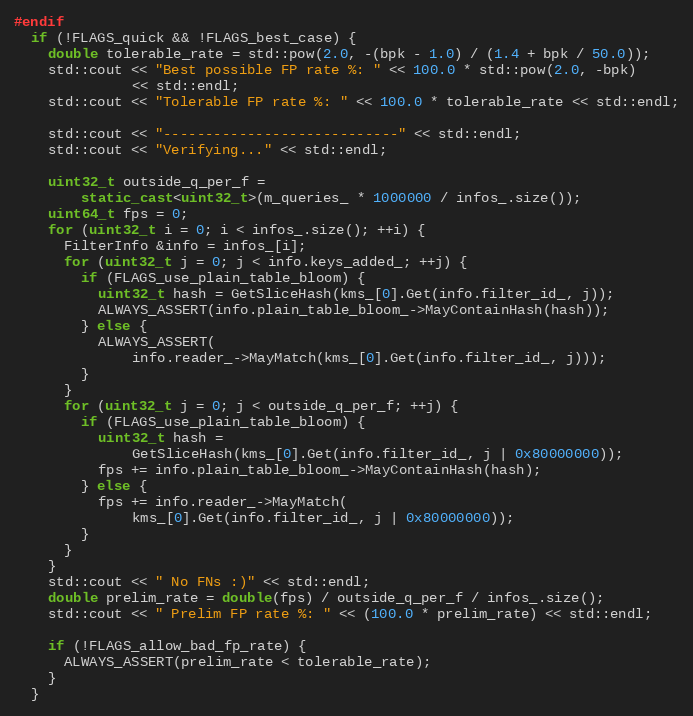
Language: C++
#endif
  if (!FLAGS_quick && !FLAGS_best_case) {
    double tolerable_rate = std::pow(2.0, -(bpk - 1.0) / (1.4 + bpk / 50.0));
    std::cout << "Best possible FP rate %: " << 100.0 * std::pow(2.0, -bpk)
              << std::endl;
    std::cout << "Tolerable FP rate %: " << 100.0 * tolerable_rate << std::endl;

    std::cout << "----------------------------" << std::endl;
    std::cout << "Verifying..." << std::endl;

    uint32_t outside_q_per_f =
        static_cast<uint32_t>(m_queries_ * 1000000 / infos_.size());
    uint64_t fps = 0;
    for (uint32_t i = 0; i < infos_.size(); ++i) {
      FilterInfo &info = infos_[i];
      for (uint32_t j = 0; j < info.keys_added_; ++j) {
        if (FLAGS_use_plain_table_bloom) {
          uint32_t hash = GetSliceHash(kms_[0].Get(info.filter_id_, j));
          ALWAYS_ASSERT(info.plain_table_bloom_->MayContainHash(hash));
        } else {
          ALWAYS_ASSERT(
              info.reader_->MayMatch(kms_[0].Get(info.filter_id_, j)));
        }
      }
      for (uint32_t j = 0; j < outside_q_per_f; ++j) {
        if (FLAGS_use_plain_table_bloom) {
          uint32_t hash =
              GetSliceHash(kms_[0].Get(info.filter_id_, j | 0x80000000));
          fps += info.plain_table_bloom_->MayContainHash(hash);
        } else {
          fps += info.reader_->MayMatch(
              kms_[0].Get(info.filter_id_, j | 0x80000000));
        }
      }
    }
    std::cout << " No FNs :)" << std::endl;
    double prelim_rate = double(fps) / outside_q_per_f / infos_.size();
    std::cout << " Prelim FP rate %: " << (100.0 * prelim_rate) << std::endl;

    if (!FLAGS_allow_bad_fp_rate) {
      ALWAYS_ASSERT(prelim_rate < tolerable_rate);
    }
  }